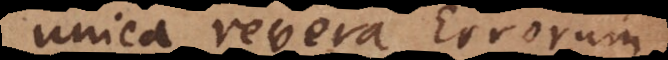
unica revera Errorum